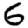
Digit: 6